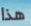
هذا